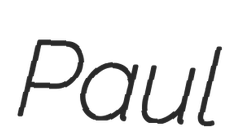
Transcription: Paul